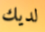
لديك